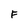
Character: F